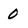
Character: 0